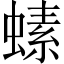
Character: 螦